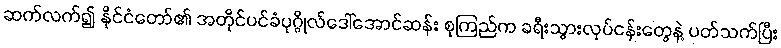
ဆက်လက်၍ နိုင်ငံတော်၏ အတိုင်ပင်ခံပုဂ္ဂိုလ်ဒေါ်အောင်ဆန်း စုကြည်က ခရီးသွားလုပ်ငန်းတွေနဲ့ ပတ်သက်ပြီး